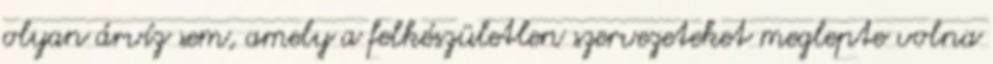
olyan árvíz sem, amely a felkészületlen szervezeteket meglepte volna